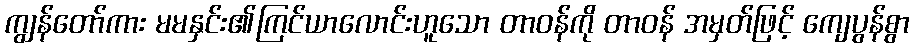
ကျွန်တော်ကား မမနှင်း၏ကြင်ယာလောင်းဟူသော တာဝန်ကို တာဝန် အမှတ်ဖြင့် ကျေပွန်စွာ